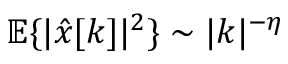
{ \mathbb E } \{ | \hat { x } [ k ] | ^ { 2 } \} \sim | k | ^ { - \eta }